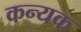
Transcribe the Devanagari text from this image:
कन्यक